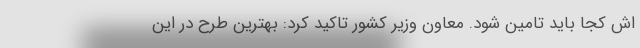
اش کجا باید تامین شود. معاون وزیر کشور تاکید کرد: بهترین طرح در این